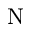
\mathrm { N }